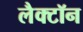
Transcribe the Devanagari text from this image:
लैक्टॉन